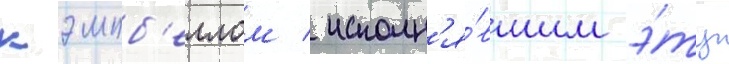
кэмпб'еллом / исполн'я́вшим э́ту